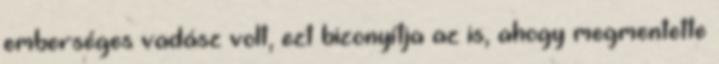
emberséges vadász volt, ezt bizonyítja az is, ahogy megmentette